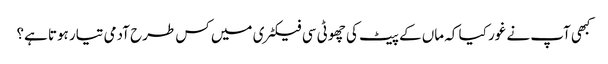
کبھی آپ نے غور کیا کہ ماں کے پیٹ کی چھوٹی سی فیکٹری میں کس طرح آدمی تیار ہوتا ہے؟